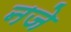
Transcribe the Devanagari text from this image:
नजे